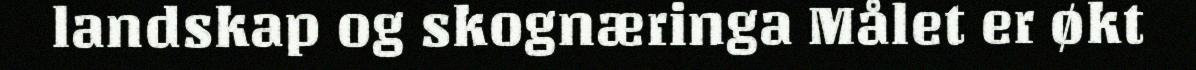
landskap og skognæringa Målet er økt